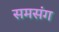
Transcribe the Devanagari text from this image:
समसंग